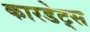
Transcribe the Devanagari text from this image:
कारडेट्स